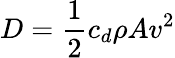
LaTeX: D={\frac{1}{2}}c_{d}\rho Av^{2}